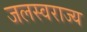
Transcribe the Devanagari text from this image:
जलस्वराज्य